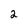
Character: 2